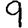
Digit: 9